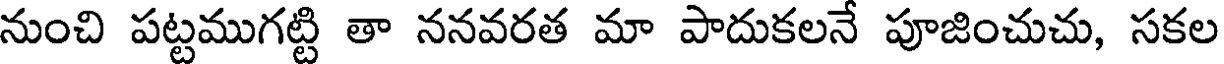
నుంచి పట్టముగట్టి తా ననవరత మా పాదుకలనే పూజించుచు, సకల